Report of the Indian Hemp Drugs Commission, 1894-1895 - Volume IV
Year: 1894
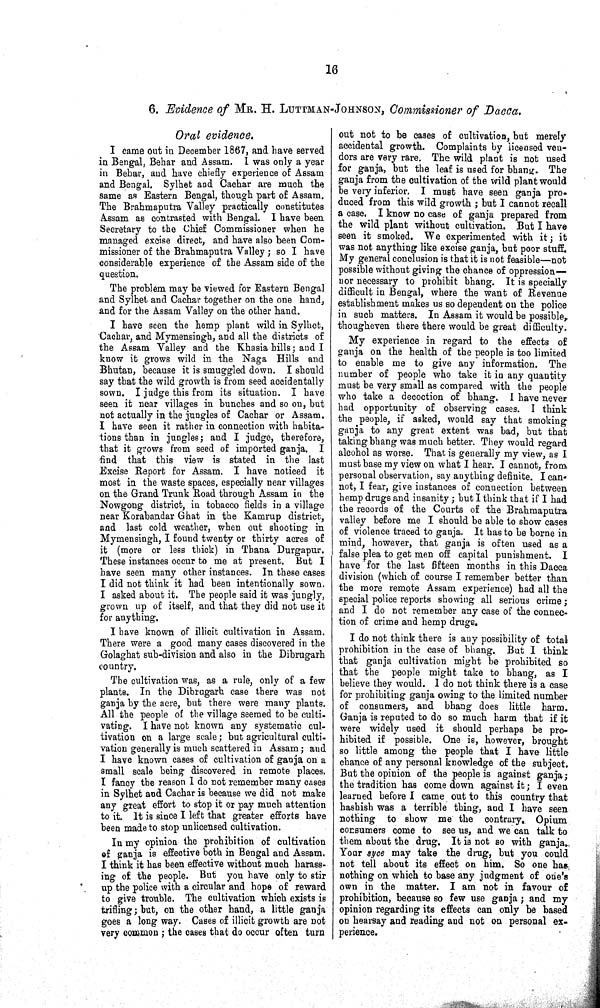
16
6. Evidence of MR. H. LUTTMAN-JOHNSON, Commissioner of Dacca.
Oral evidence.
I came out in December 1867, and have served
in Bengal, Behar and Assam. I was only a year
in Behar, and have chiefly experience of Assam
and Bengal. Sylhet and Cachar are much the
same as Eastern Bengal, though part of Assam.
The Brahmaputra Valley practically constitutes
Assam as contrasted with Bengal. I have been
Secretary to the Chief Commissioner when he
managed excise direct, and have also been Com-
missioner of the Brahmaputra Valley; so I have
considerable experience of the Assam side of the
question.
The problem may be viewed for Eastern Bengal
and Sylhet and Cachar together on the one hand,
and for the Assam Valley on the other hand.
I have seen the hemp plant wild in Sylhet,
Cachar, and Mymensingh, and all the districts of
the Assam Valley and the Khasia hills; and I
know it grows wild in the Naga Hills and
Bhutan, because it is smuggled down. I should
say that the wild growth is from seed accidentally
sown. I judge this from its situation. I have
seen it near villages in bunches and so on, but
not actually in the jungles of Cachar or Assam.
I have seen it rather in connection with habita-
tions than in jungles; and I judge, therefore,
that it grows from seed of imported ganja. I
find that this view is stated in the last
Excise Report for Assam. I have noticed it
most in the waste spaces, especially near villages
on the Grand Trunk Road through Assam in the
Nowgong district, in tobacco fields in a village
near Korabandar Ghat in the Kamrup district,
and last cold weather, when out shooting in
Mymensingh, I found twenty or thirty acres of
it (more or less thick) in Thana Durgapur.
These instances occur to me at present. But I
have seen many other instances. In these cases
I did not think it had been intentionally sown.
I asked about it. The people said it was jungly,
grown up of itself, and that they did not use it
for anything.
I have known of illicit cultivation in Assam.
There were a good many cases discovered in the
Golaghat sub-division and also in the Dibrugarh
country.
The cultivation was, as a rule, only of a few
plants. In the Dibrugarh case there was not
ganja by the acre, but there were many plants.
All the people of the village seemed to be culti-
vating. I have not known any systematic cul-
tivation on a large scale; but agricultural culti-
vation generally is much scattered in Assam; and
I have known cases of cultivation of ganja on a
small scale being discovered in remote places.
I fancy the reason I do not remember many cases
in Sylhet and Cachar is because we did not make
any great effort to stop it or pay much attention
to it. It is since I left that greater efforts have
been made to stop unlicensed cultivation.
In my opinion the prohibition of cultivation
of ganja is effective both in Bengal and Assam.
I think it has been effective without much harass-
ing of the people. But you have only to stir
up the police with a circular and hope of reward
to give trouble. The cultivation which exists is
trifling; but, on the other hand, a little ganja
goes a long way. Cases of illicit growth are not
very common; the cases that do occur often turn
out not to be cases of cultivation, but merely
accidental growth. Complaints by licensed ven-
dors are very rare. The wild plant is not used
for ganja, but the leaf is used for bhang. The
ganja from the cultivation of the wild plant would
be very inferior. I must have seen ganja pro-
duced from this wild growth; but I cannot recall
a case. I know no case of ganja prepared from
the wild plant without cultivation. But I have
seen it smoked. We experimented with it; it
was not anything like excise ganja, but poor stuff.
My general conclusion is that it is not feasible—not
possible without giving the chance of oppression—
nor necessary to prohibit bhang. It is specially
difficult in Bengal, where the want of Revenue
establishment makes us so dependent on the police
in such matters. In Assam it would be possible,
thougheven there there would be great difficulty.
My experience in regard to the effects of
ganja on the health of the people is too limited
to enable me to give any information. The
number of people who take it in any quantity
must be very small as compared with the people
who take a decoction of bhang. I have never
had opportunity of observing cases. I think
the people, if asked, would say that smoking
ganja to any great extent was bad, but that
taking bhang was much better. They would regard
alcohol as worse. That is generally my view, as I
must base my view on what I hear. I cannot, from
personal observation, say anything definite. I can-
not, I fear, give instances of connection between
hemp drugs and insanity; but I think that if I had
the records of the Courts of the Brahmaputra
valley before me I should be able to show cases
of violence traced to ganja. It has to be borne in
mind, however, that ganja is often used as a
false plea to get men off capital punishment. I
have for the last fifteen months in this Dacca
division (which of course I remember better than
the more remote Assam experience) had all the
special police reports showing all serious crime;
and I do not remember any case of the connec-
tion of crime and hemp drugs.
I do not think there is any possibility of total
prohibition in the case of bhang. But I think
that ganja cultivation might be prohibited so
that the people might take to bhang, as I
believe they would. I do not think there is a case
for prohibiting ganja owing to the limited number
of consumers, and bhang does little harm.
Ganja is reputed to do so much harm that if it
were widely used it should perhaps be pro-
hibited if possible. One is, however, brought
so little among the people that I have little
chance of any personal knowledge of the subject.
But the opinion of the people is against ganja;
the tradition has come down against it; I even
learned before I came out to this country that
hashish was a terrible thing, and I have seen
nothing to show me the contrary. Opium
consumers come to see us, and we can talk to
them about the drug. It is not so with ganja.
Your syce may take the drug, but you could
not tell about its effect on him. So one has
nothing on which to base any judgment of one's
own in the matter. I am not in favour of
prohibition, because so few use ganja; and my
opinion regarding its effects can only be based
on hearsay and reading and not on personal ex-
perience.